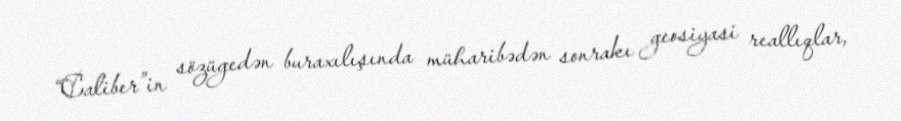
“Caliber”in sözügedən buraxılışında müharibədən sonrakı geosiyasi reallıqlar,